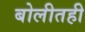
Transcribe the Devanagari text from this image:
बोलीतही